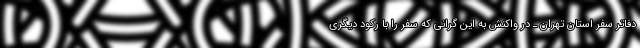
دفاتر سفر استان تهران ـ در واکنش به این گرانی که سفر را با رکود دیگری